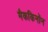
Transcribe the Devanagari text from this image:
मैककिनॉन